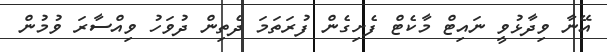
އޭނާ ވިދާޅުވީ ނައިޓް މާކެޓް ފެށިގެން ފުރަތަމަ ދެތިން ދުވަހު ވިއްސާރަ ވުމުން